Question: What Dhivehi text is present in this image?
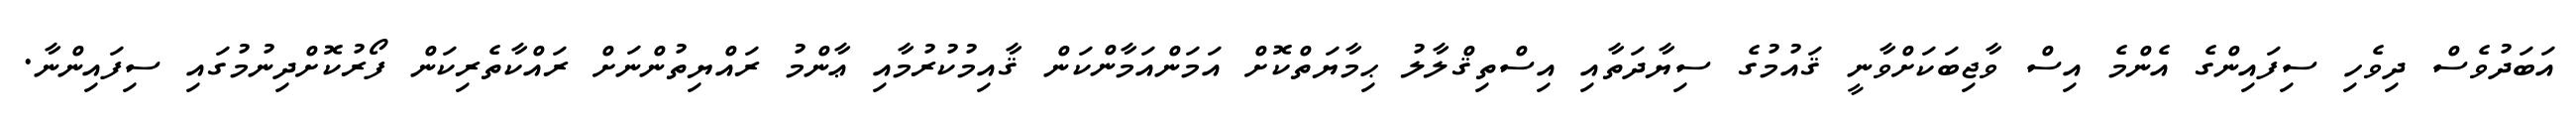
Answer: އަބަދުވެސް ދިވެހި ސިފައިންގެ އެންމެ އިސް ވާޖިބަކަށްވާނީ ޤައުމުގެ ސިޔާދަތާއި އިސްތިޤްލާލު ޙިމާޔަތްކޮށް އަމަންއަމާންކަން ޤާއިމުކުރުމާއި ޢާންމު ރައްޔިތުންނަށް ރައްކާތެރިކަން ފޯރުކޮށްދިނުމުގައި ސިފައިންނާ.